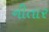
નીતાર